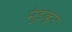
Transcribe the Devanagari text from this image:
मुंडकूर